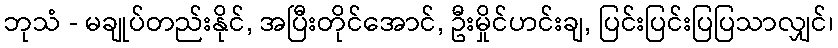
ဘုသံ - မချုပ်တည်းနိုင်, အပြီးတိုင်အောင်, ဦးမှိုင်ဟင်းချ, ပြင်းပြင်းပြပြသာလျှင်၊